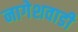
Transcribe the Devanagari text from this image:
नागेशवाडी